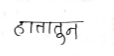
मजकूर: हातातून